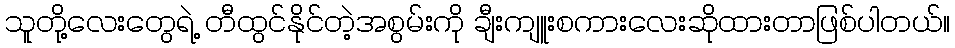
သူတို့လေးတွေရဲ့ တီထွင်နိုင်တဲ့အစွမ်းကို ချီးကျူးစကားလေးဆိုထားတာဖြစ်ပါတယ်။